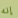
إنه